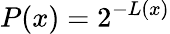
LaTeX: P(x)=2^{-L(x)}